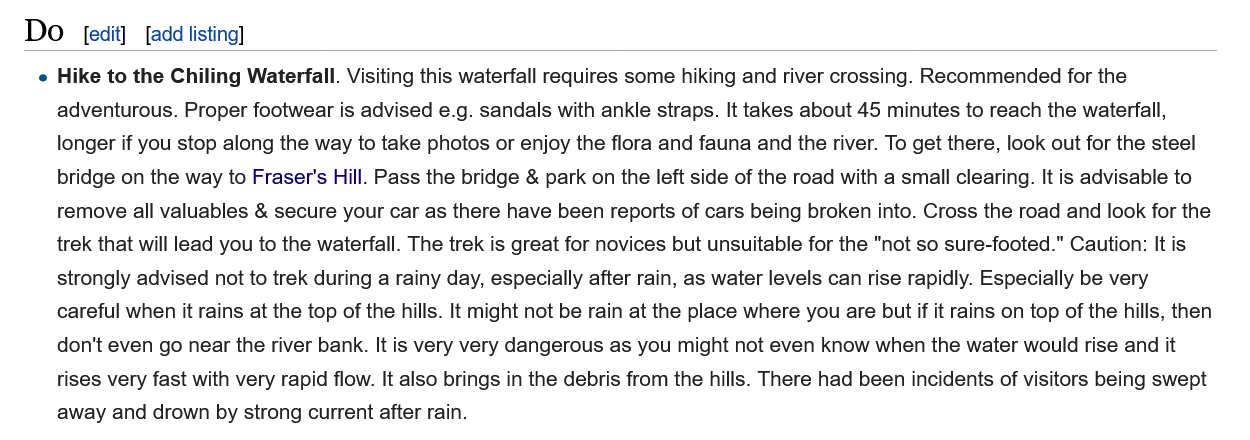
[edit] [add listing]
    e Hike to the Chiling Waterfall. Visiting this waterfall requires some hiking and river crossing. Recommended for the
     adventurous. Proper footwear is advised e.g. sandals with ankle straps. It takes about 45 minutes to reach the waterfall,
     longer if you stop along the way to take photos or enjoy the flora and fauna and the river. To get there, look out for the steel
     bridge on the way to Fraser's Hill. Pass the bridge & park on the left side of the road with a small clearing. It is advisable to
     remove all valuables & secure your car as there have been reports of cars being broken into. Cross the road and look for the
     trek that will lead you to the waterfall. The trek is great for novices but unsuitable for the "not so sure-footed." Caution: It is
     strongly advised not to trek during a rainy day, especially after rain, as water levels can rise rapidly. Especially be very
     careful when it rains at the top of the hills. It might not be rain at the place where you are but if it rains on top of the hills, then
     don't even go near the river bank. It is very very dangerous as you might not even know when the water would rise and it
     rises very fast with very rapid flow. It also brings in the debris from the hills. There had been incidents of visitors being swept
     away and drown by strong current after rain.